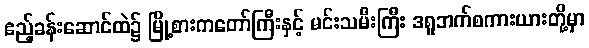
ဧည့်ခန်းဆောင်ထဲ၌ မြို့စားကတော်ကြီးနှင့် မင်းသမီးကြီး ဒရူဘက်စကားယားတို့မှာ